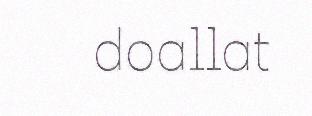
doallat